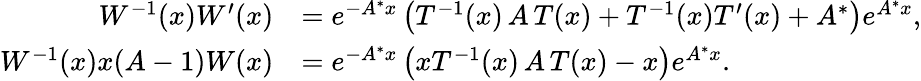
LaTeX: \begin{array}{rl}{W^{-1}(x)W^{\prime}(x)}&{=e^{-A^{\ast}x}\left({T}^{-1}(x)\, A\, T(x)+T^{-1}(x)T^{\prime}(x)+A^{\ast}\right)e^{A^{\ast}x},}\\ {W^{-1}(x)x(A-1)W(x)}&{=e^{-A^{\ast}x}\left(xT^{-1}(x)\, A\, T(x)-x\right)e^{A^{\ast}x}.}\end{array}